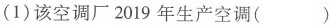
(1)该空调厂2019年生产空调( )